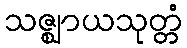
သဇ္ဈာယသုတ္တံ